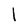
Character: l